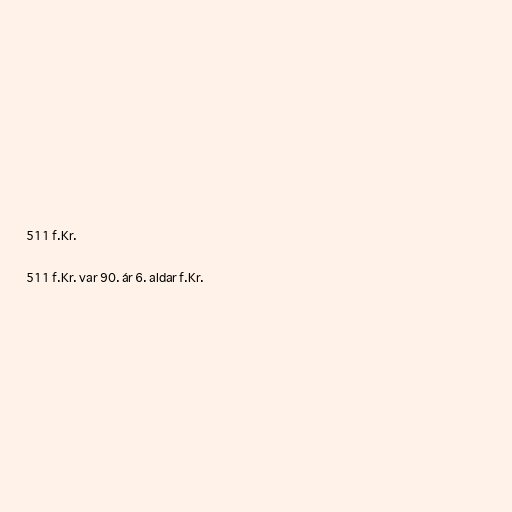
511 f.Kr.

511 f.Kr. var 90. ár 6. aldar f.Kr.